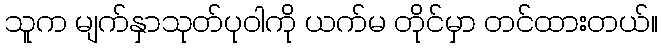
သူက မျက်နှာသုတ်ပုဝါကို ယက်မ တိုင်မှာ တင်ထားတယ်။